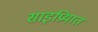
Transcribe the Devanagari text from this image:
साइप्रियात